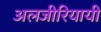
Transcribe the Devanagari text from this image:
अलजीरियायी